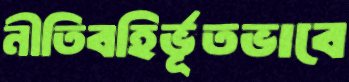
নীতিবহির্ভূতভাবে